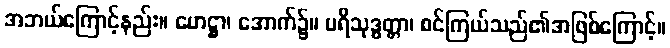
အဘယ်ကြောင့်နည်း။ ဟေဋ္ဌာ၊ အောက်၌။ ပရိသုဒ္ဓတ္တာ၊ စင်ကြယ်သည်၏အဖြစ်ကြောင့်။